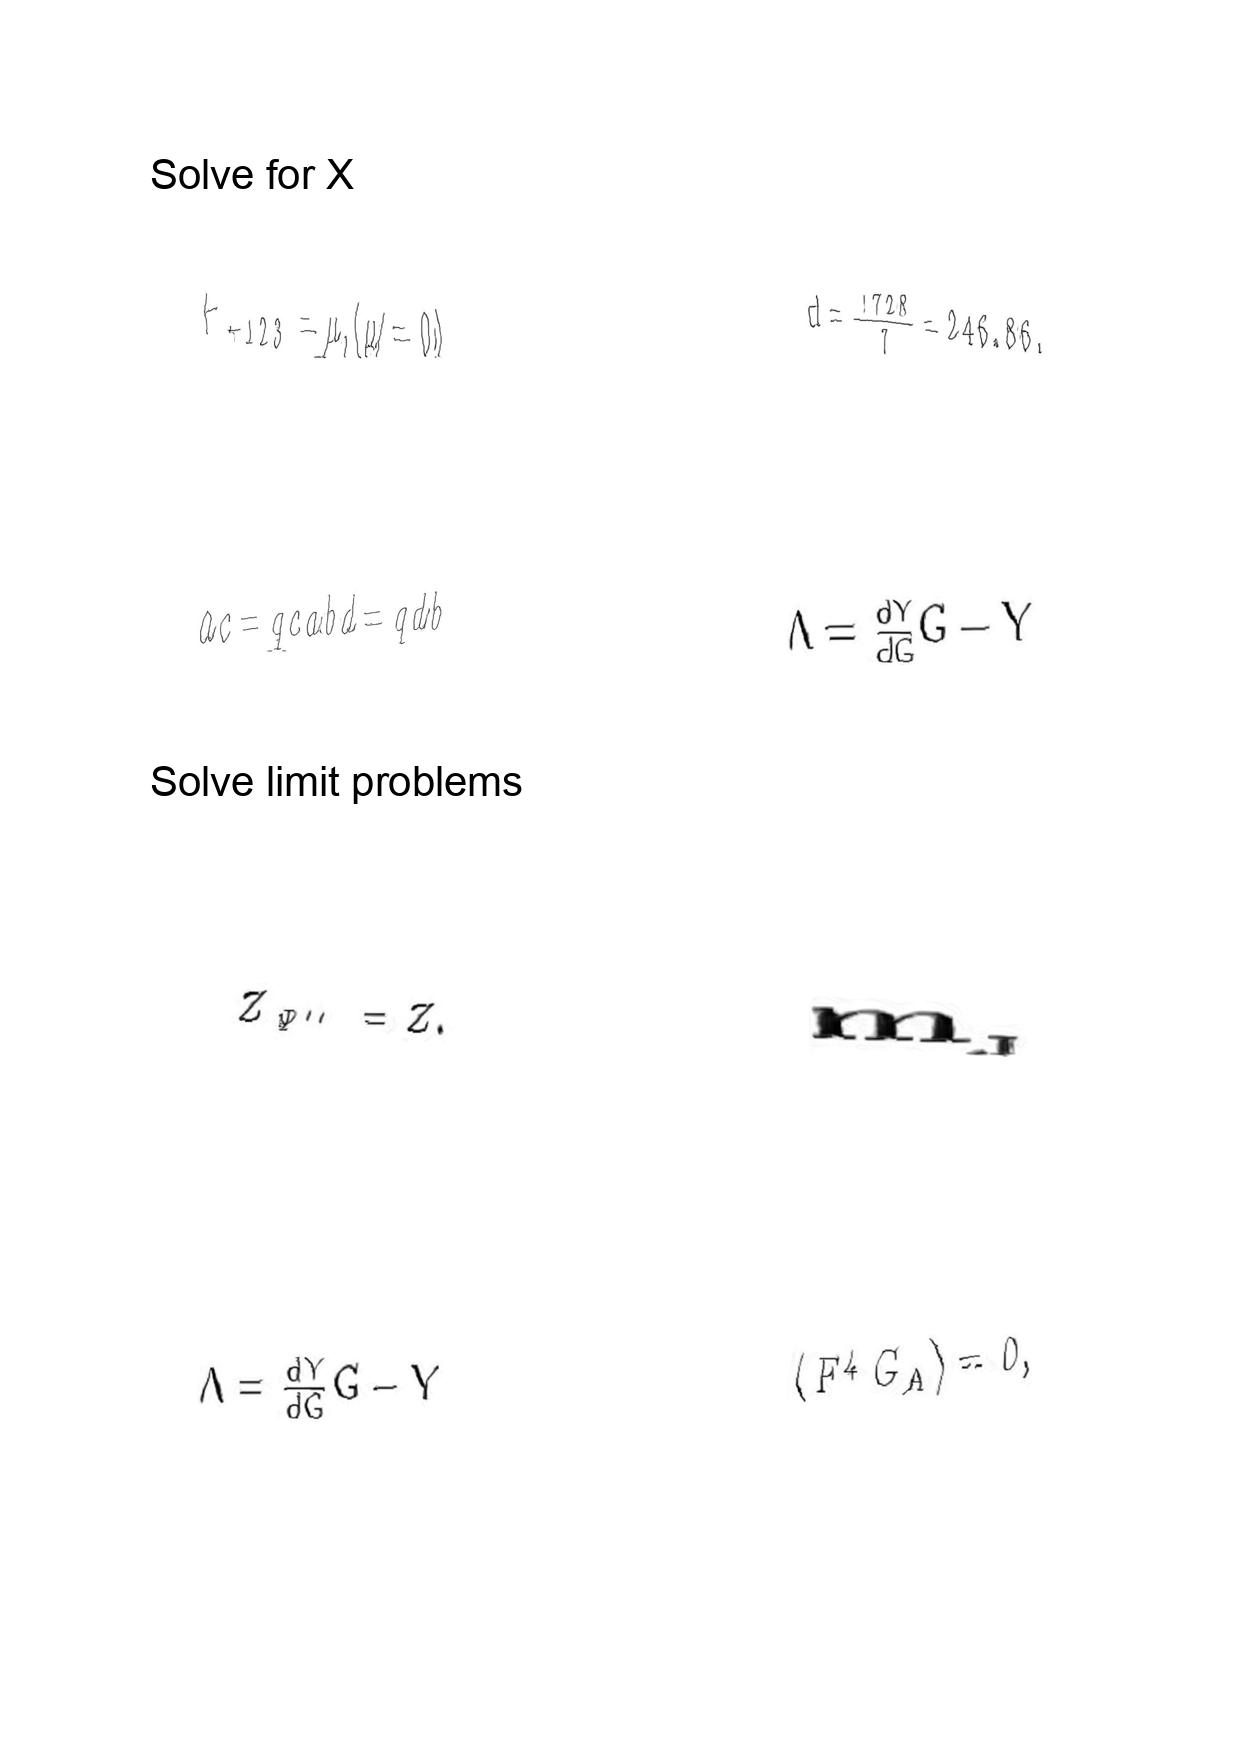
LaTeX transcription:
F _ { + 1 2 3 } = \mu , \lparen \mu \neq 0 \rparen
a c = q c a b d = q d b
Z _ { \Psi ^ { \prime \prime } } = Z .
\Lambda = \frac { d Y } { d G } G - Y
d = \frac { 1 7 2 8 } { 7 } = 2 4 6 . 8 6 .
\Lambda = \frac { d Y } { d G } G - Y
m _ { _ { J } }
\langle F ^ { 4 } G _ { A } \rangle = 0 ,